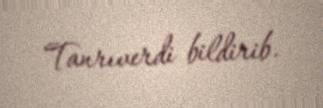
Tanrıverdi bildirib.